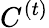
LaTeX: C^{(t)}